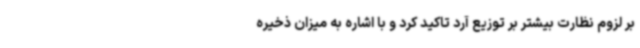
بر لزوم نظارت بیشتر بر توزیع آرد تاکید کرد و با اشاره به میزان ذخیره